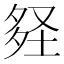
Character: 𡌪